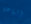
الباعة